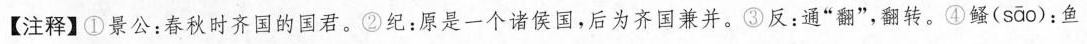
【注释】①景公：春秋时齐国的国君。②纪：原是一个诸侯国，后为齐国兼并。③反：通”翻”，翻转。④鳋( sāo )：鱼